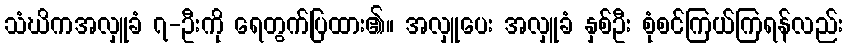
သံဃိကအလှူခံ ၇-ဦးကို ရေတွက်ပြထား၏။ အလှူပေး အလှူခံ နှစ်ဦး စုံစင်ကြယ်ကြရန်လည်း